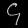
Digit: ၄